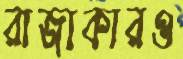
রাজাকারও